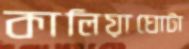
কালিয়াঘোটা